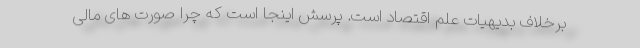
برخلاف بدیهیات علم اقتصاد است. پرسش اینجا است که چرا صورت های مالی